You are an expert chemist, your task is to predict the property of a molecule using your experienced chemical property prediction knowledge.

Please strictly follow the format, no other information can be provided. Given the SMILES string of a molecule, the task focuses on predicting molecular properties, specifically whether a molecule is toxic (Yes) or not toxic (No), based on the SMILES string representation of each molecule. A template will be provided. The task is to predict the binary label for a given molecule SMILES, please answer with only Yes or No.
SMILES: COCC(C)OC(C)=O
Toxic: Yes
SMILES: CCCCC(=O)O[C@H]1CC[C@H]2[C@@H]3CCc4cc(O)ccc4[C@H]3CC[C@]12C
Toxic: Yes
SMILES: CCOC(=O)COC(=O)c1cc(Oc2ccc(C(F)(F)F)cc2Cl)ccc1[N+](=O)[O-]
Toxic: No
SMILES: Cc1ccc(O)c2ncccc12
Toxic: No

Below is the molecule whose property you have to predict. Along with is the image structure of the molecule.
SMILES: CCOC(=O)CCC(C)=O
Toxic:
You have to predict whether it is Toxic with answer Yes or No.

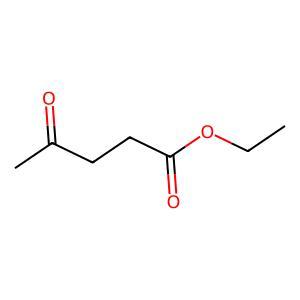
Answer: No